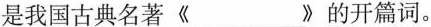
是我国古典名著《___》的开篇词。